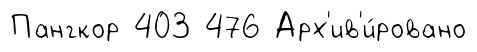
Пангкор 403 476 Арх'ив'и́ровано